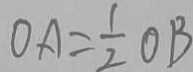
O A = \frac { 1 } { 2 } O B